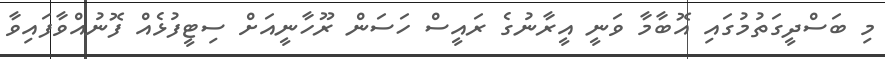
މި ބަސްދީގަތުމުގައި އޮބާމާ ވަނީ އީރާނުގެ ރައީސް ހަސަން ރޫހާނީއަށް ސިޓީފުޅެއް ފޮނުއްވާފައިވާ